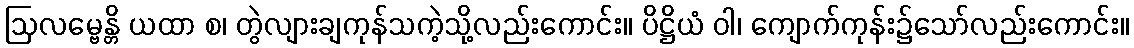
ဩလမ္ဗေန္တိ ယထာ စ၊ တွဲလျားချကုန်သကဲ့သို့လည်းကောင်း။ ပိဋ္ဌိယံ ဝါ၊ ကျောက်ကုန်း၌သော်လည်းကောင်း။